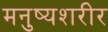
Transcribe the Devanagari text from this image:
मनुष्यशरीर